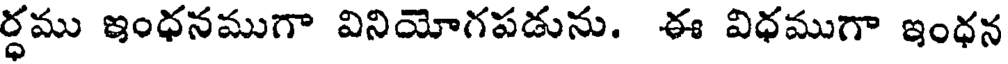
ర్ధము ఇంధనముగా వినియోగపడును. ఈ విధముగా ఇంధన